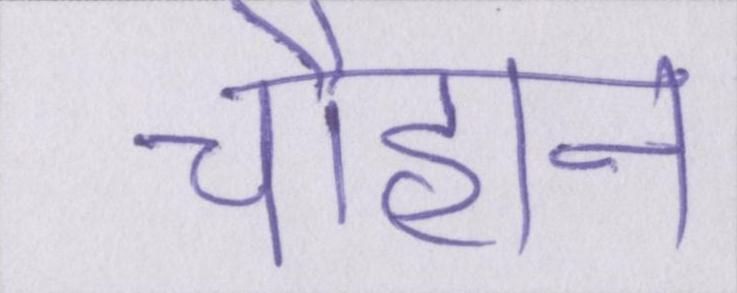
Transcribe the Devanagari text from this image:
चौहान